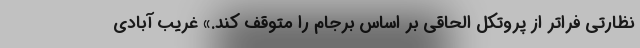
نظارتی فراتر از پروتکل الحاقی بر اساس برجام را متوقف کند.» غریب آبادی